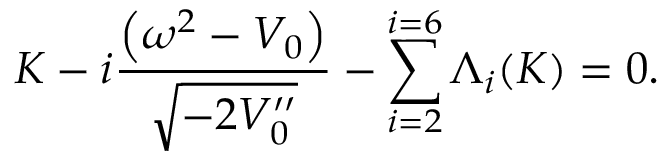
K - i \frac { \left( \omega ^ { 2 } - V _ { 0 } \right) } { \sqrt { - 2 V _ { 0 } ^ { \prime \prime } } } - \sum _ { i = 2 } ^ { i = 6 } \Lambda _ { i } ( K ) = 0 .